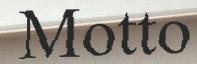
Motto